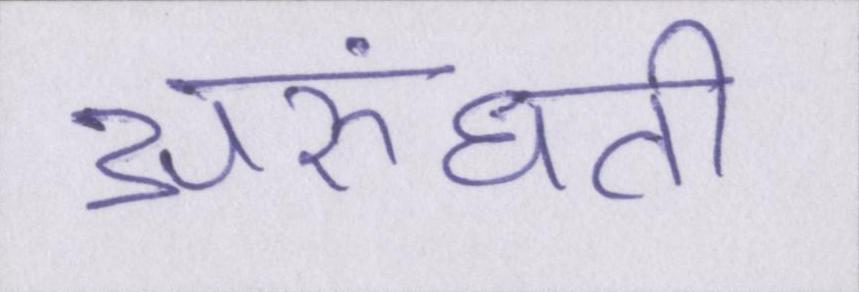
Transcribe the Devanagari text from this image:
अरुंधती